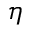
\eta